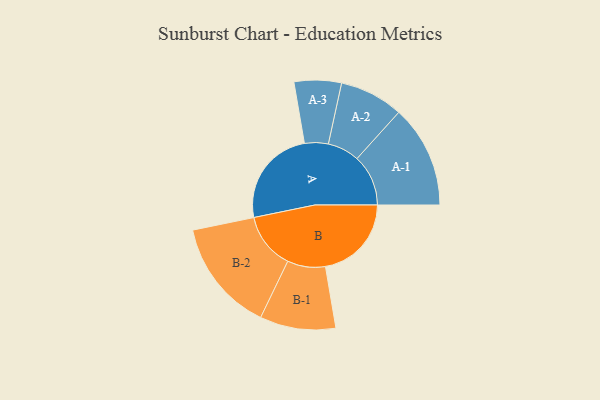
{"axis": {"x": "Segment", "y": "Value"}, "legend": ["", "A", "B"], "data": [{"x": "A", "y": 487, "type": ""}, {"x": "B", "y": 426, "type": ""}, {"x": "A-1", "y": 254, "type": "A"}, {"x": "A-2", "y": 158, "type": "A"}, {"x": "A-3", "y": 117, "type": "A"}, {"x": "B-1", "y": 188, "type": "B"}, {"x": "B-2", "y": 279, "type": "B"}]}